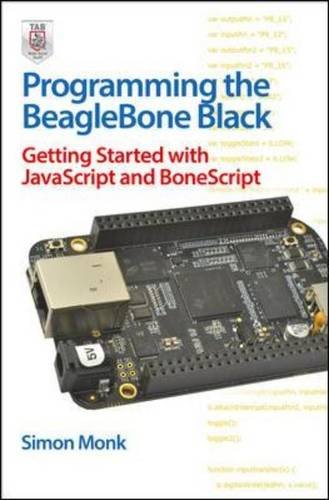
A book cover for Programming the BeagleBone Black: Getting Started with JavaScript and BoneScript; Simon Monk; Computers & Technology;